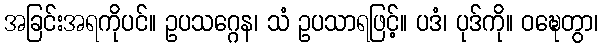
အခြင်းအရကိုပင်။ ဥပသဂ္ဂေန၊ သံ ဥပသာရဖြင့်။ ပဒံ၊ ပုဒ်ကို။ ဝဍ္ဎေတွာ၊